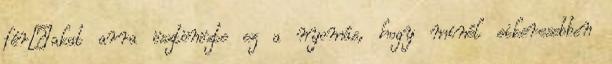
férﬁakat arra ösztönözte ez a nyomás, hogy minél sikeresebben